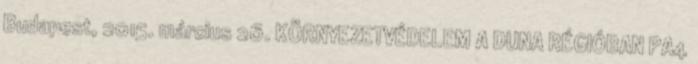
Budapest, 2015. március 26. KÖRNYEZETVÉDELEM A DUNA RÉGIÓBAN PA4